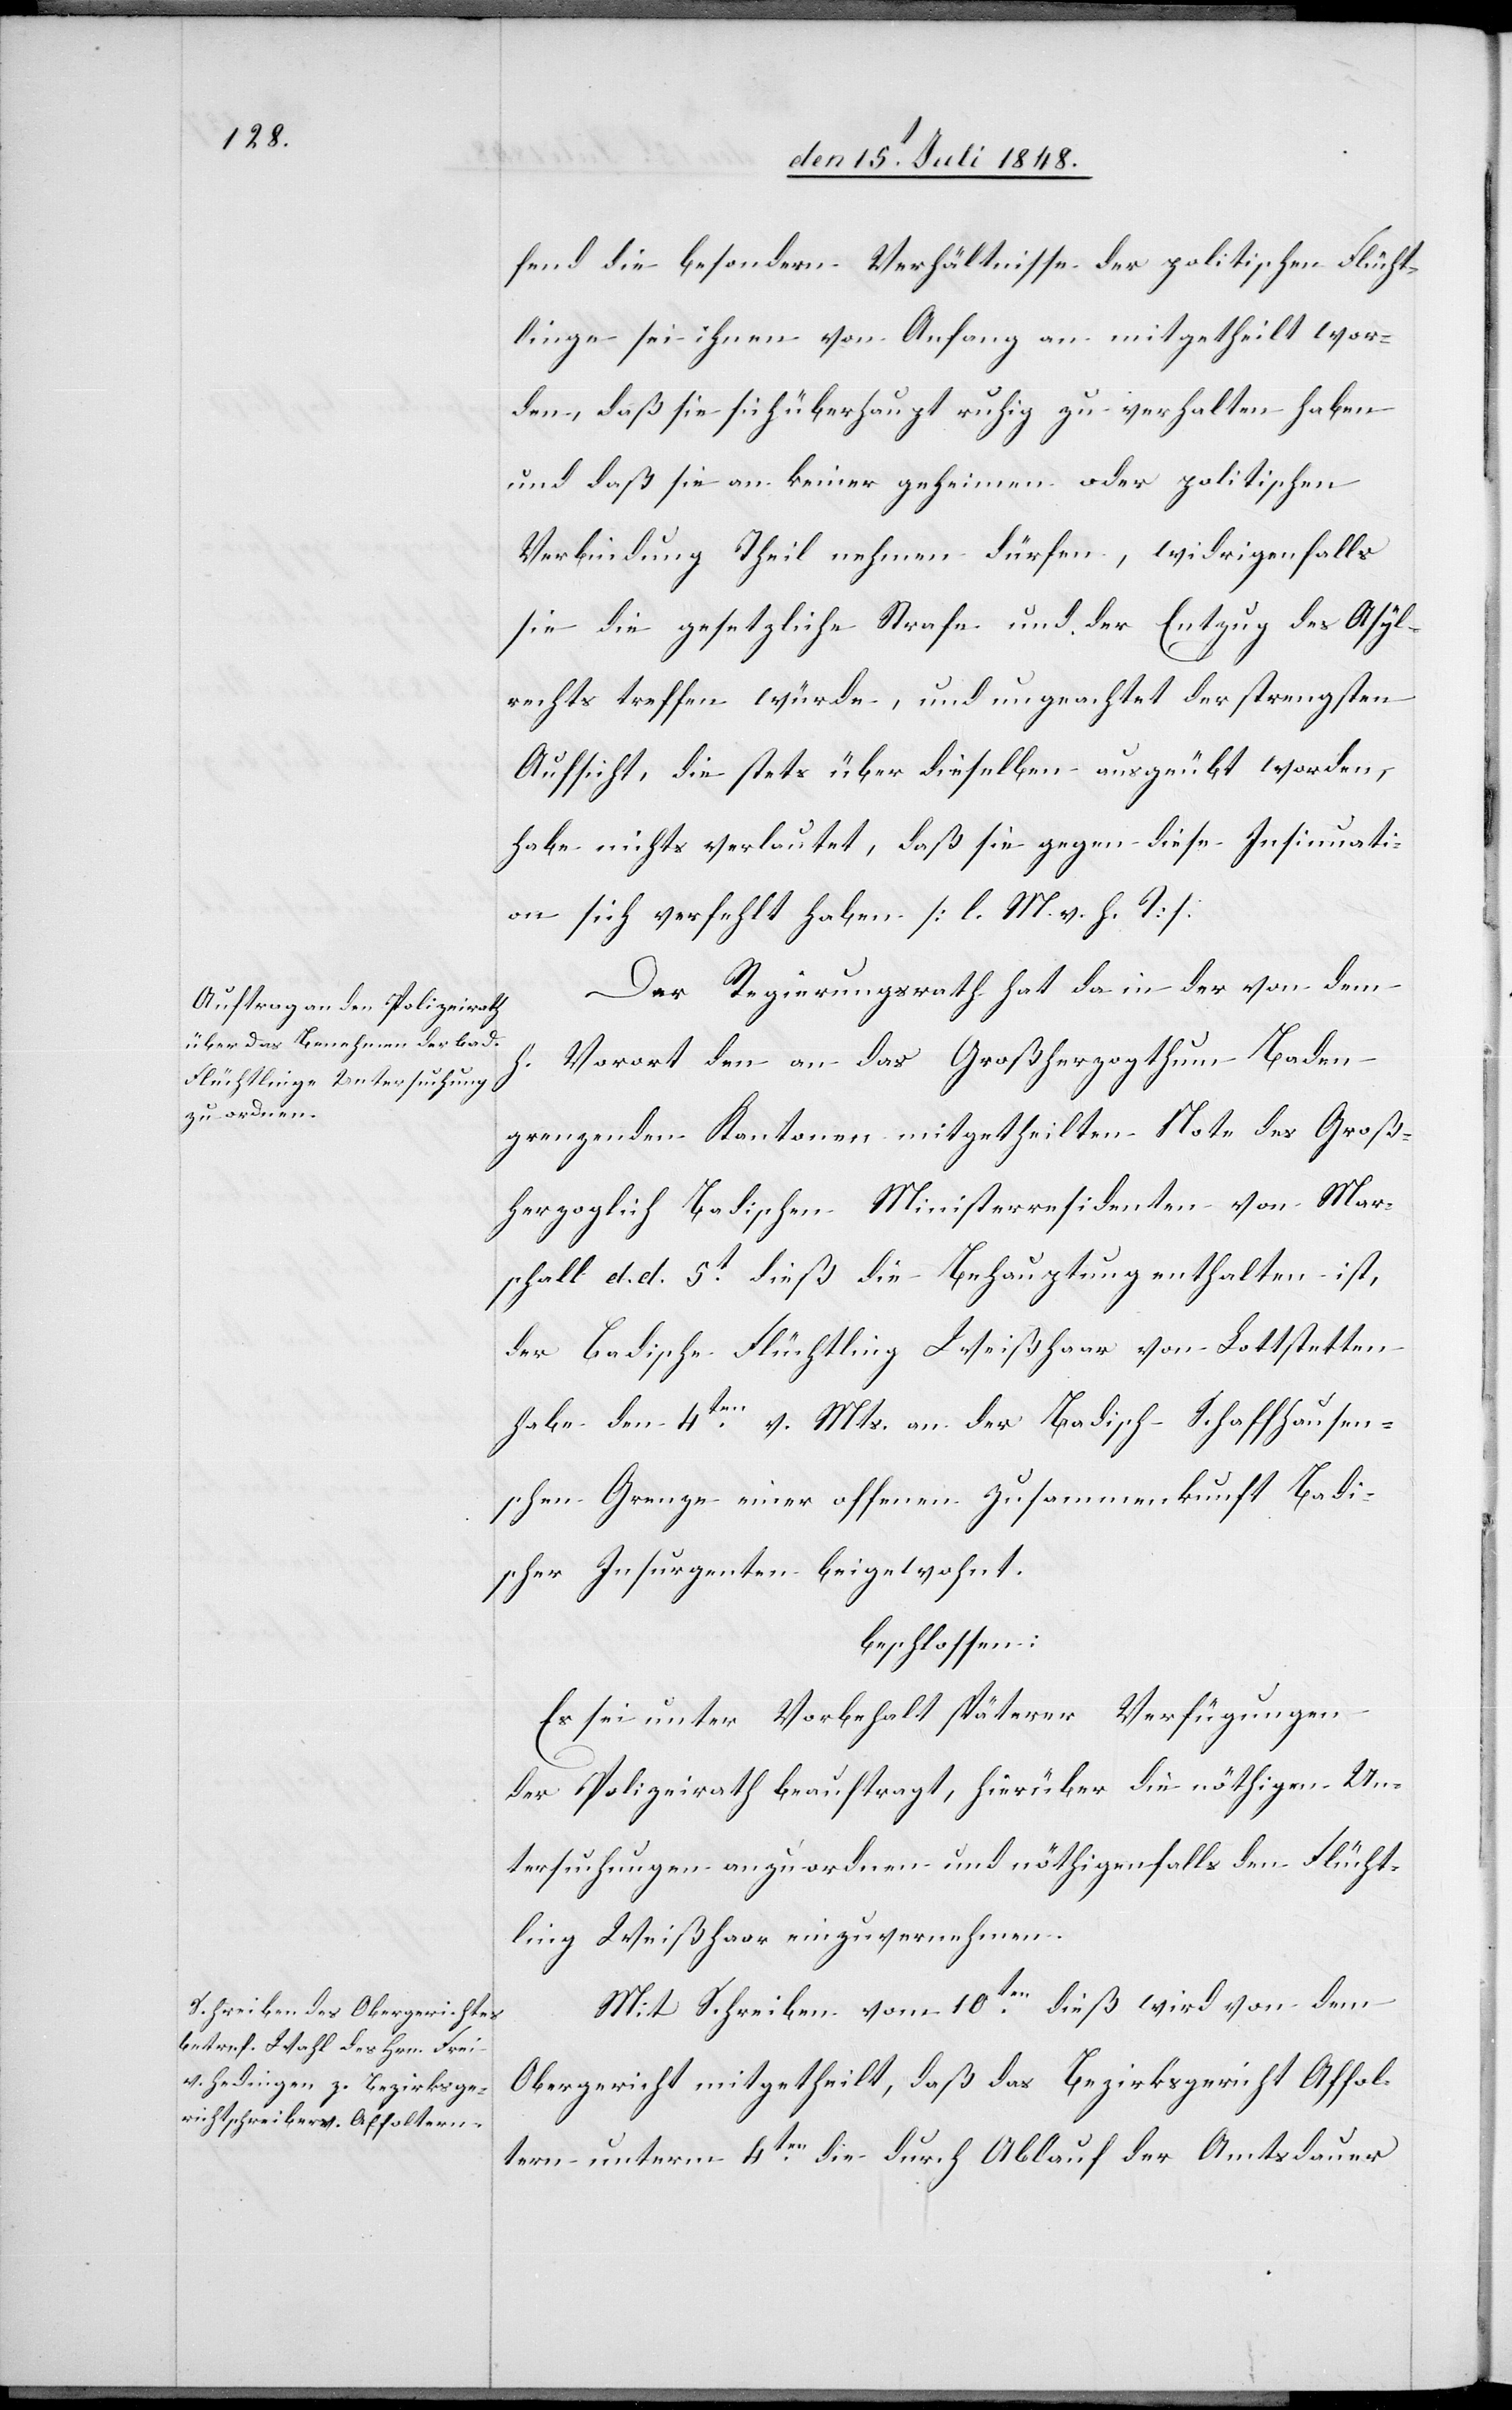
fend die besondern Verhältnisse der politischen Flücht¬
linge sei ihnen von Anfang an mitgeheilt wor¬
den, daß sie sich überhaupt ruhig zu verhalten haben
und daß sie an keiner geheimen oder politischen
Verbindung Theil nehmen dürfen, widrigenfalls
sie die politische Strafe und der Entzug des Asyl¬
rechts treffen würde, und ungeachtet der strengsten
Aufsicht, die stets über dieselben ausgeübt worden,
habe nichts verlautet, daß sie gegen diese Insinuati¬
on sich verfehlt haben. [l. M. v. h. T]
Der Regierungsrath hat da in der von dem
h. Vorort den an das Großherzogthum Baden
grenzenden Kantone mitgetheilten Note des Groß¬
herzoglich Badischen Ministerresidenten von Mar¬
schall d. d. 5t dieß die Behauptung enthalten ist,
der Badische Flüchtling Weißhaar von Lottstetten
habe den 4ten v. Mts. an der Badisch-Schaffhausen¬
schen Grenze einer offenen Zusammenkunft Badi¬
scher Insurgenten beigewohnt.
beschlossen:
Es sei unter Vorbehalt späterer Verfügungen
der Polizeirath beauftragt, hierüber die nöthigen Un¬
tersuchungen anzuordnen und nöhtigenfalls den Flücht¬
ling Weißhaar einzuvernehmen.
Mit Schreiben vom 10ten dieß wird von dem
Obergericht mitgetheilt, daß das Bezirksgericht Affol¬
tern unterm 4ten die durch Ablauf der Amtsdauer